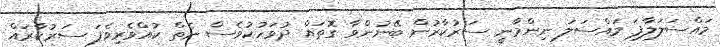
މައްސަލަލާފަ މައްސަލަ ނިންމާނީ ސަރުކާރުން ބޭނުންވާ ގޮތައް ދުވަހުކުވެސް ނެތް ކުއްވެރިވެފަ ސަރުކާރައް